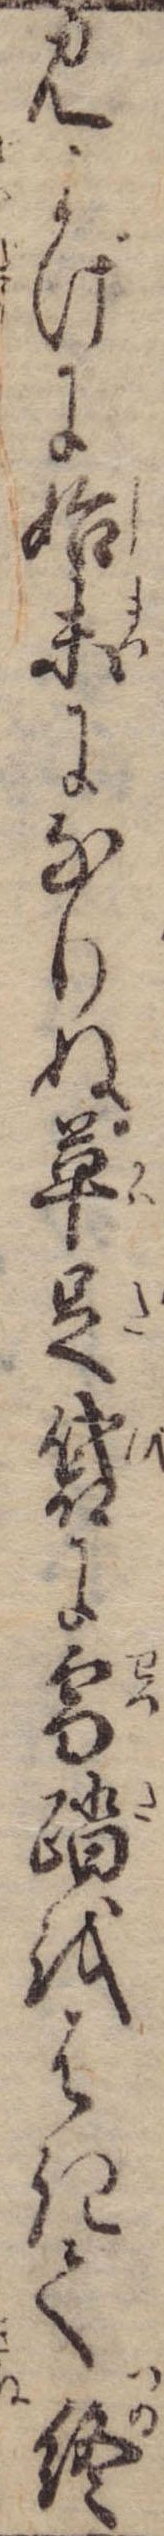
見よげに始末になりぬ革足袋に雪踏をはきて終